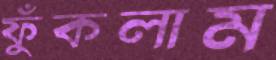
ফুঁকলাম